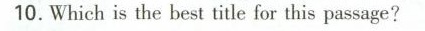
10.Which is the best title for this passage?